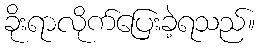
ခိုးရာလိုက်ပြေးခဲ့ရသည်။